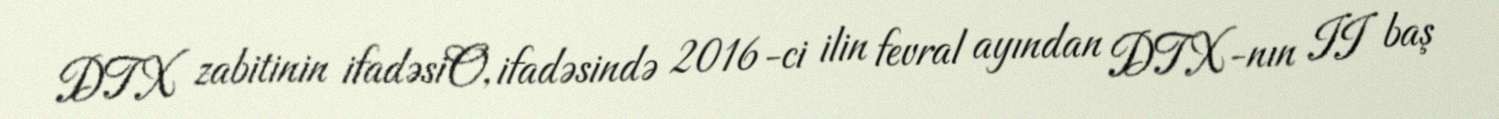
DTX zabitinin ifadəsiO, ifadəsində 2016-ci ilin fevral ayından DTX-nın II baş